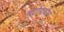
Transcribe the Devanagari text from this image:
अट्रोपाटीन